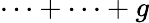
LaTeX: \cdots+\cdots+g